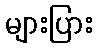
များပြား